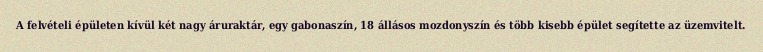
A felvételi épületen kívül két nagy áruraktár, egy gabonaszín, 18 állásos mozdonyszín és több kisebb épület segítette az üzemvitelt.